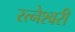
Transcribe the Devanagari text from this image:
रत्नेश्वरी